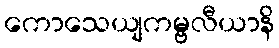
ကောသေယျကမ္ဗလီယာနိ